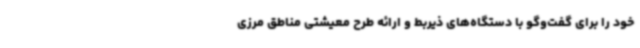
خود را برای گفت‌وگو با دستگاه‌های ذیربط و ارائه طرح معیشتی مناطق مرزی